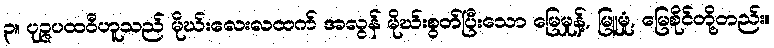
၃။ ပုဉ္ဇပထဝီဟူသည် မိုဃ်းလေးလထက် အလွန် မိုဃ်းစွတ်ပြီးသော မြေမှုန့်, မြူမှုံ, မြေစိုင်တို့တည်း။